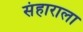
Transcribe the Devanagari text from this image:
संहाराला